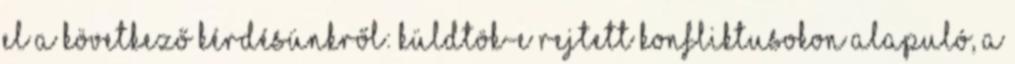
el a következő kérdésünkről: Küldtök-e rejtett konfliktusokon alapuló, a